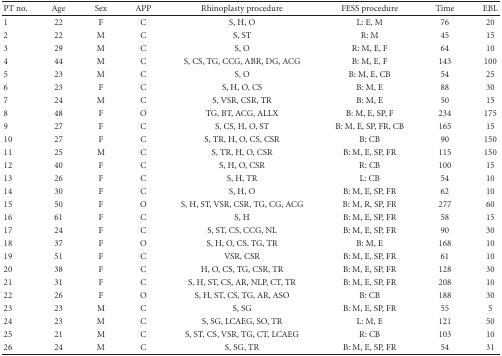
<table><thead><tr><td><b>PT no.</b></td><td><b>Age</b></td><td><b>Sex</b></td><td><b>APP</b></td><td><b>Rhinoplasty procedure</b></td><td><b>FESS procedure</b></td><td><b>Time</b></td><td><b>EBL</b></td></tr></thead><tbody><tr><td>1</td><td>22</td><td>F</td><td>C</td><td>S, H, O</td><td>L: E, M</td><td>76</td><td>20</td></tr><tr><td>2</td><td>22</td><td>M</td><td>C</td><td>S, ST</td><td>R: M</td><td>45</td><td>15</td></tr><tr><td>3</td><td>29</td><td>M</td><td>C</td><td>S, O</td><td>R: M, E, F</td><td>64</td><td>10</td></tr><tr><td>4</td><td>44</td><td>M</td><td>C</td><td>S, CS, TG, CCG, ABR, DG, ACG</td><td>B: M, E, F</td><td>143</td><td>100</td></tr><tr><td>5</td><td>23</td><td>M</td><td>C</td><td>S, O</td><td>B: M, E, CB</td><td>54</td><td>25</td></tr><tr><td>6</td><td>23</td><td>F</td><td>C</td><td>S, H, O, CS</td><td>B: M, E</td><td>88</td><td>30</td></tr><tr><td>7</td><td>24</td><td>M</td><td>C</td><td>S, VSR, CSR, TR</td><td>B: M, E</td><td>50</td><td>15</td></tr><tr><td>8</td><td>48</td><td>F</td><td>O</td><td>TG, BT, ACG, ALLX</td><td>B: M, E, SP, F</td><td>234</td><td>175</td></tr><tr><td>9</td><td>27</td><td>F</td><td>C</td><td>S, CS, H, O, ST</td><td>B: M, E, SP, FR, CB</td><td>165</td><td>15</td></tr><tr><td>10</td><td>27</td><td>F</td><td>C</td><td>S, TR, H, O, CS, CSR</td><td>B: CB</td><td>90</td><td>150</td></tr><tr><td>11</td><td>25</td><td>M</td><td>C</td><td>S, TR, H, O, CSR</td><td>B: M, E, SP, FR</td><td>115</td><td>150</td></tr><tr><td>12</td><td>40</td><td>F</td><td>C</td><td>S, H, O, CSR</td><td>R: CB</td><td>100</td><td>15</td></tr><tr><td>13</td><td>26</td><td>F</td><td>C</td><td>S, H, TR</td><td>L: CB</td><td>54</td><td>10</td></tr><tr><td>14</td><td>30</td><td>F</td><td>C</td><td>S, H, O</td><td>B: M, E, SP, FR</td><td>62</td><td>10</td></tr><tr><td>15</td><td>50</td><td>F</td><td>O</td><td>S, H, ST, VSR, CSR, TG, CG, ACG</td><td>B: M, R, SP, FR</td><td>277</td><td>60</td></tr><tr><td>16</td><td>61</td><td>F</td><td>C</td><td>S, H</td><td>B: M, E, SP, FR</td><td>58</td><td>15</td></tr><tr><td>17</td><td>24</td><td>F</td><td>C</td><td>S, ST, CS, CCG, NL</td><td>B: M, E, SP, FR</td><td>90</td><td>30</td></tr><tr><td>18</td><td>37</td><td>F</td><td>O</td><td>S, H, O, CS, TG, TR</td><td>B: M, E</td><td>168</td><td>10</td></tr><tr><td>19</td><td>51</td><td>F</td><td>C</td><td>VSR, CSR</td><td>B: M, E, SP, FR</td><td>61</td><td>10</td></tr><tr><td>20</td><td>38</td><td>F</td><td>C</td><td>H, O, CS, TG, CSR, TR</td><td>B: M, E, SP, FR</td><td>128</td><td>30</td></tr><tr><td>21</td><td>31</td><td>F</td><td>C</td><td>S, H, ST, CS, AR, NLP, CT, TR</td><td>B: M, E, SP, FR</td><td>208</td><td>10</td></tr><tr><td>22</td><td>26</td><td>F</td><td>O</td><td>S, H, ST, CS, TG, AR, ASO</td><td>B: CB</td><td>188</td><td>30</td></tr><tr><td>23</td><td>23</td><td>M</td><td>C</td><td>S, SG</td><td>B: M, E, SP, FR</td><td>55</td><td>5</td></tr><tr><td>24</td><td>23</td><td>M</td><td>C</td><td>S, SG, LCAEG, SO, TR</td><td>L: M, E</td><td>121</td><td>50</td></tr><tr><td>25</td><td>21</td><td>M</td><td>C</td><td>S, ST, CS, VSR, TG, CT, LCAEG</td><td>R: CB</td><td>103</td><td>10</td></tr><tr><td>26</td><td>24</td><td>M</td><td>C</td><td>S, SG, TR</td><td>B: M, E, SP, FR</td><td>54</td><td>31</td></tr></tbody></table>